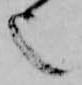
也